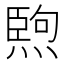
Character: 𤍥